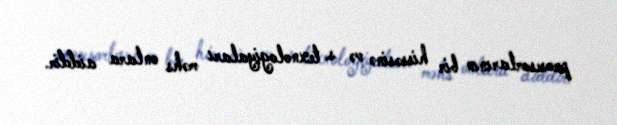
prosesorlarının bir hissəsinə və s. texnologiyaları məhs onlara aiddir.